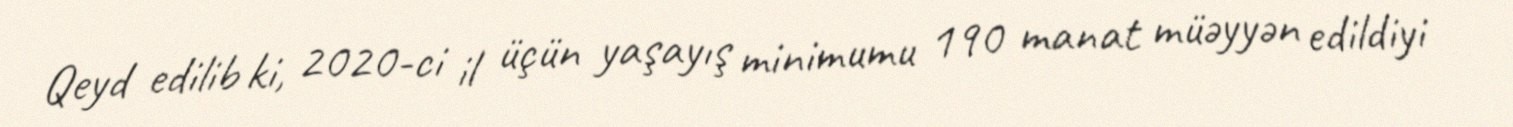
Qeyd edilib ki, 2020-ci il üçün yaşayış minimumu 190 manat müəyyən edildiyi